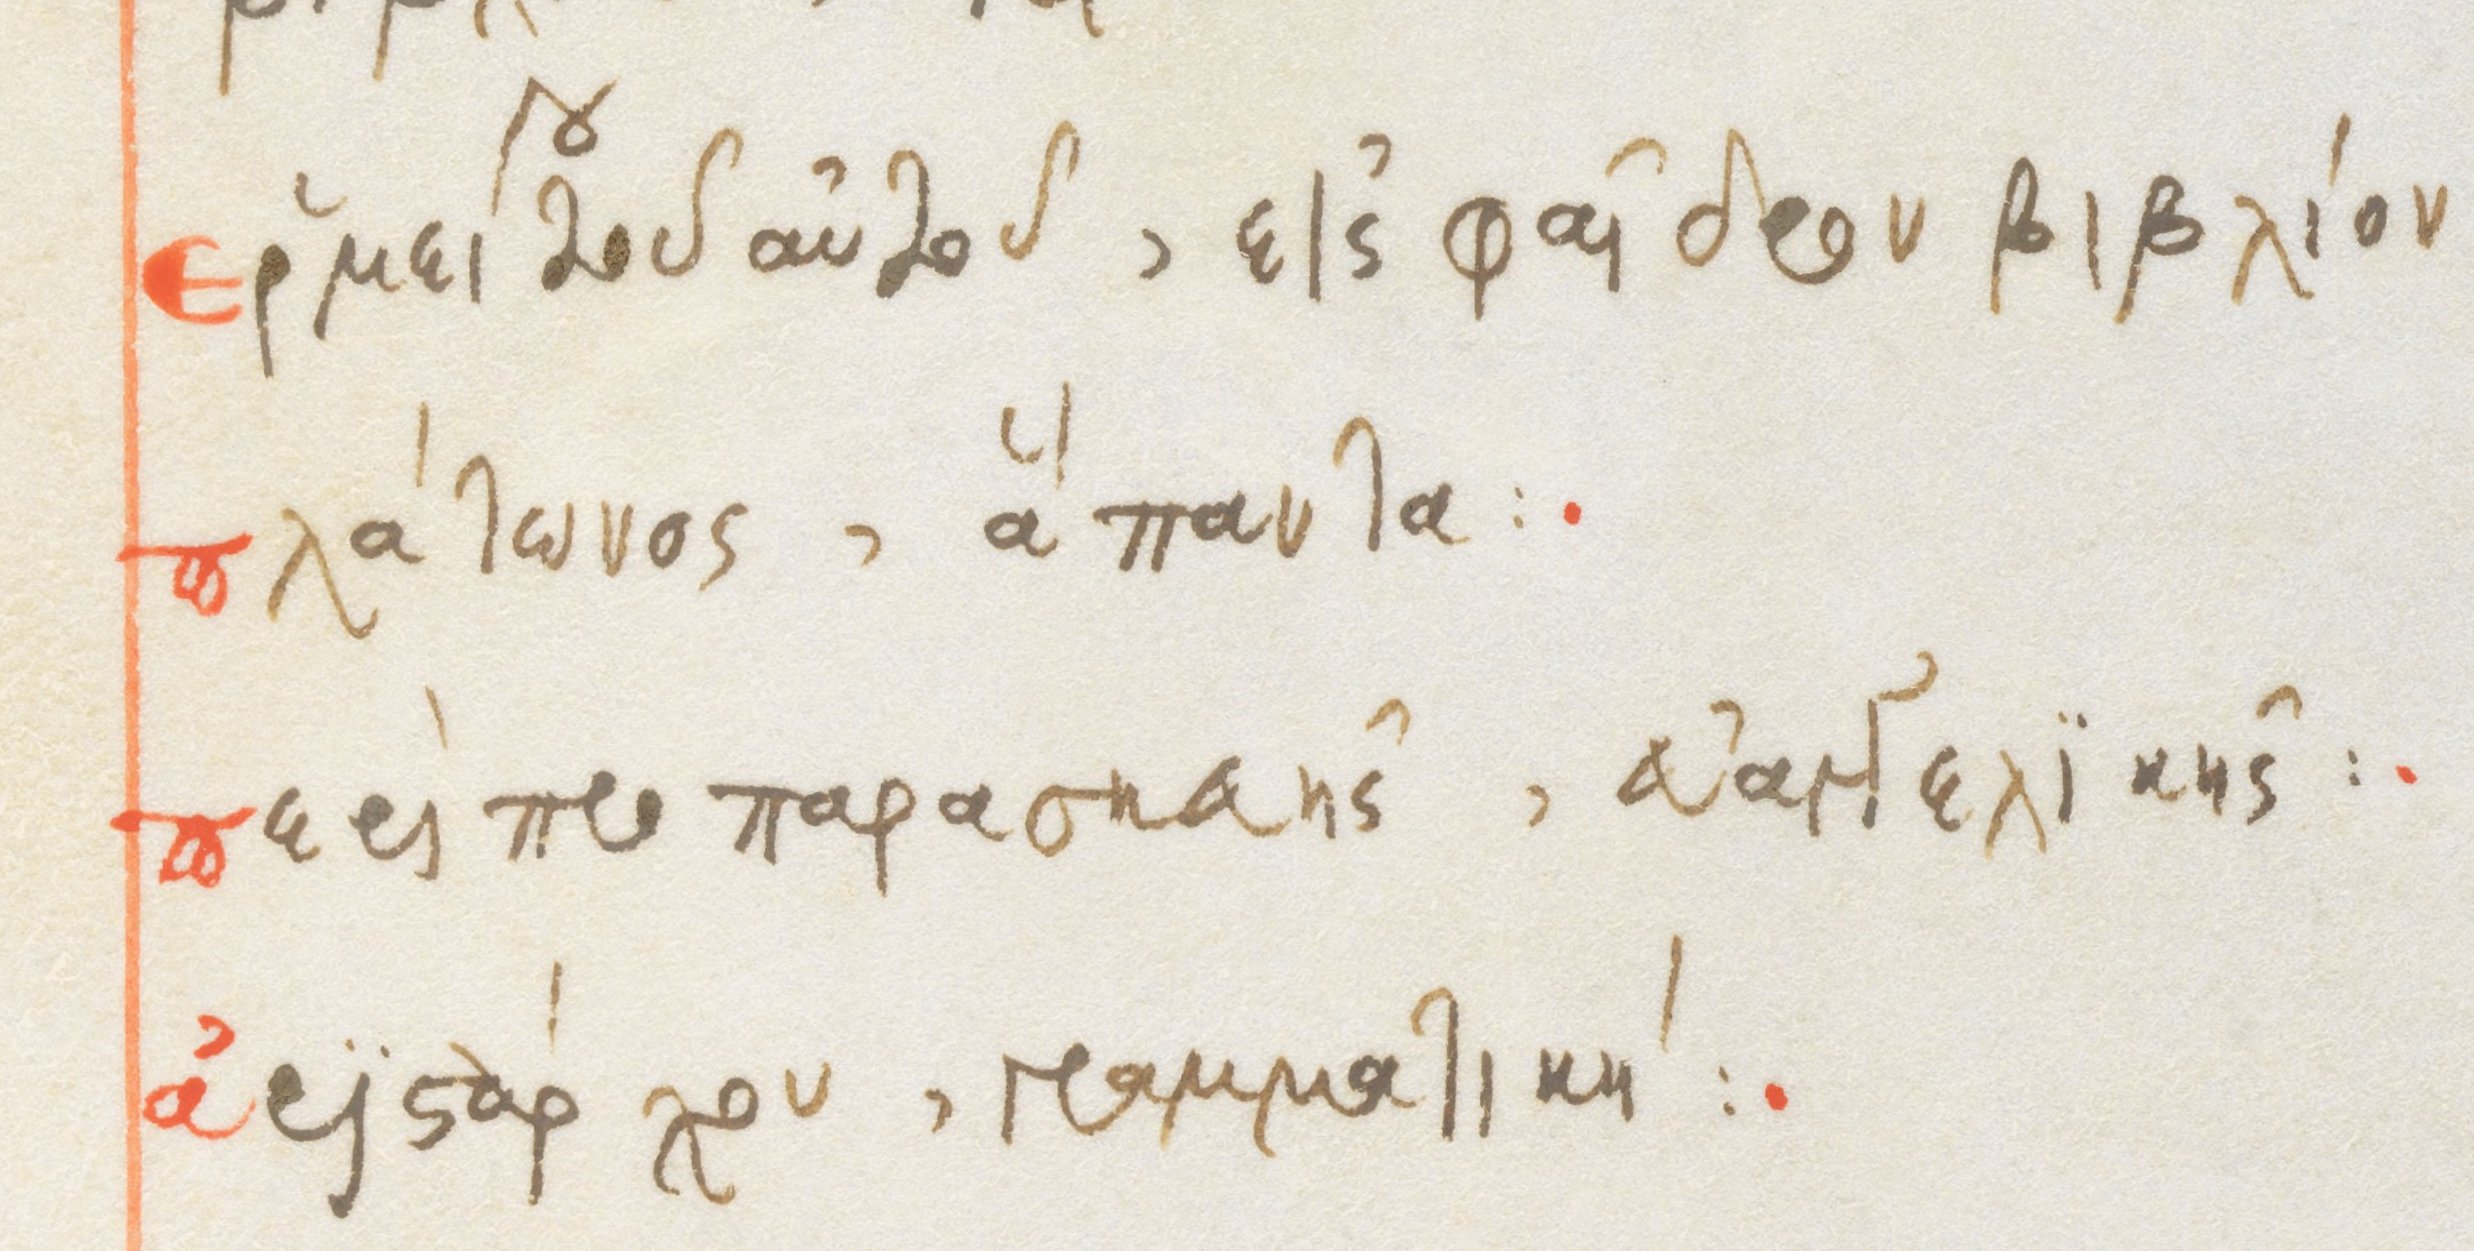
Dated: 1564–1564